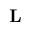
{ \bf L }